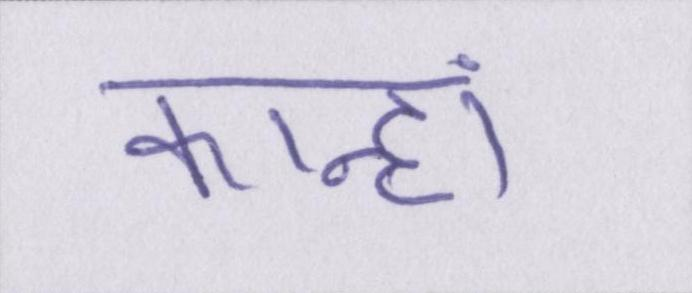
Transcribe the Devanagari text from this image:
कान्हां